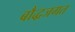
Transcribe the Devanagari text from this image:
बौद्धजगत